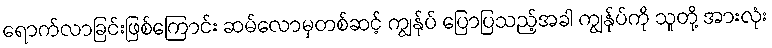
ရောက်လာခြင်းဖြစ်ကြောင်း ဆမ်လောမှတစ်ဆင့် ကျွန်ုပ် ပြောပြသည့်အခါ ကျွန်ုပ်ကို သူတို့ အားလုံး